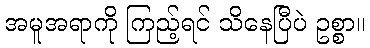
အမူအရာကို ကြည့်ရင် သိနေပြီပဲ ဥစ္စာ။